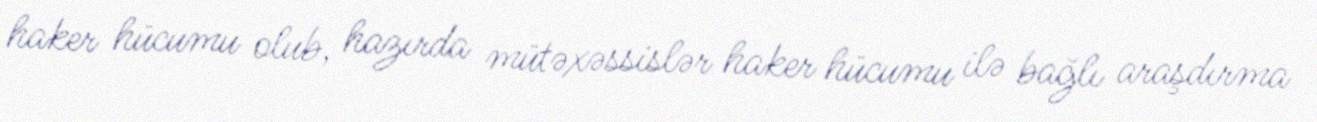
haker hücumu olub, hazırda mütəxəssislər haker hücumu ilə bağlı araşdırma